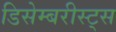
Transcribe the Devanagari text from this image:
डिसेम्बरीस्ट्स